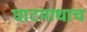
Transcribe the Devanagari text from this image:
घाटमाथाच